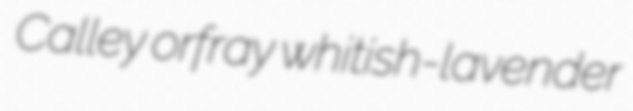
Calley orfray whitish-lavender